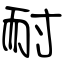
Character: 耐